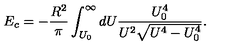
E _ { c } = - \frac { R ^ { 2 } } { \pi } \int _ { U _ { 0 } } ^ { \infty } d U \frac { U _ { 0 } ^ { 4 } } { U ^ { 2 } \sqrt { U ^ { 4 } - U _ { 0 } ^ { 4 } } } .